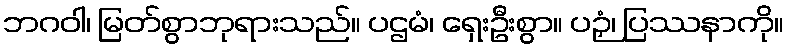
ဘဂဝါ၊ မြတ်စွာဘုရားသည်။ ပဌမံ၊ ရှေးဦးစွာ။ ပဉှံ၊ ပြဿနာကို။